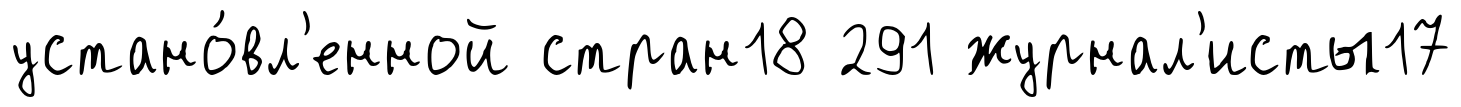
устано́вл'енной стран18 291 журнал'исты17